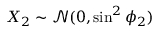
X _ { 2 } \sim \mathcal { N } ( 0 , \sin ^ { 2 } \phi _ { 2 } )